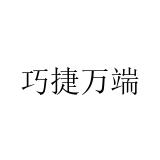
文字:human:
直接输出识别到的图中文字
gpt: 巧捷万端